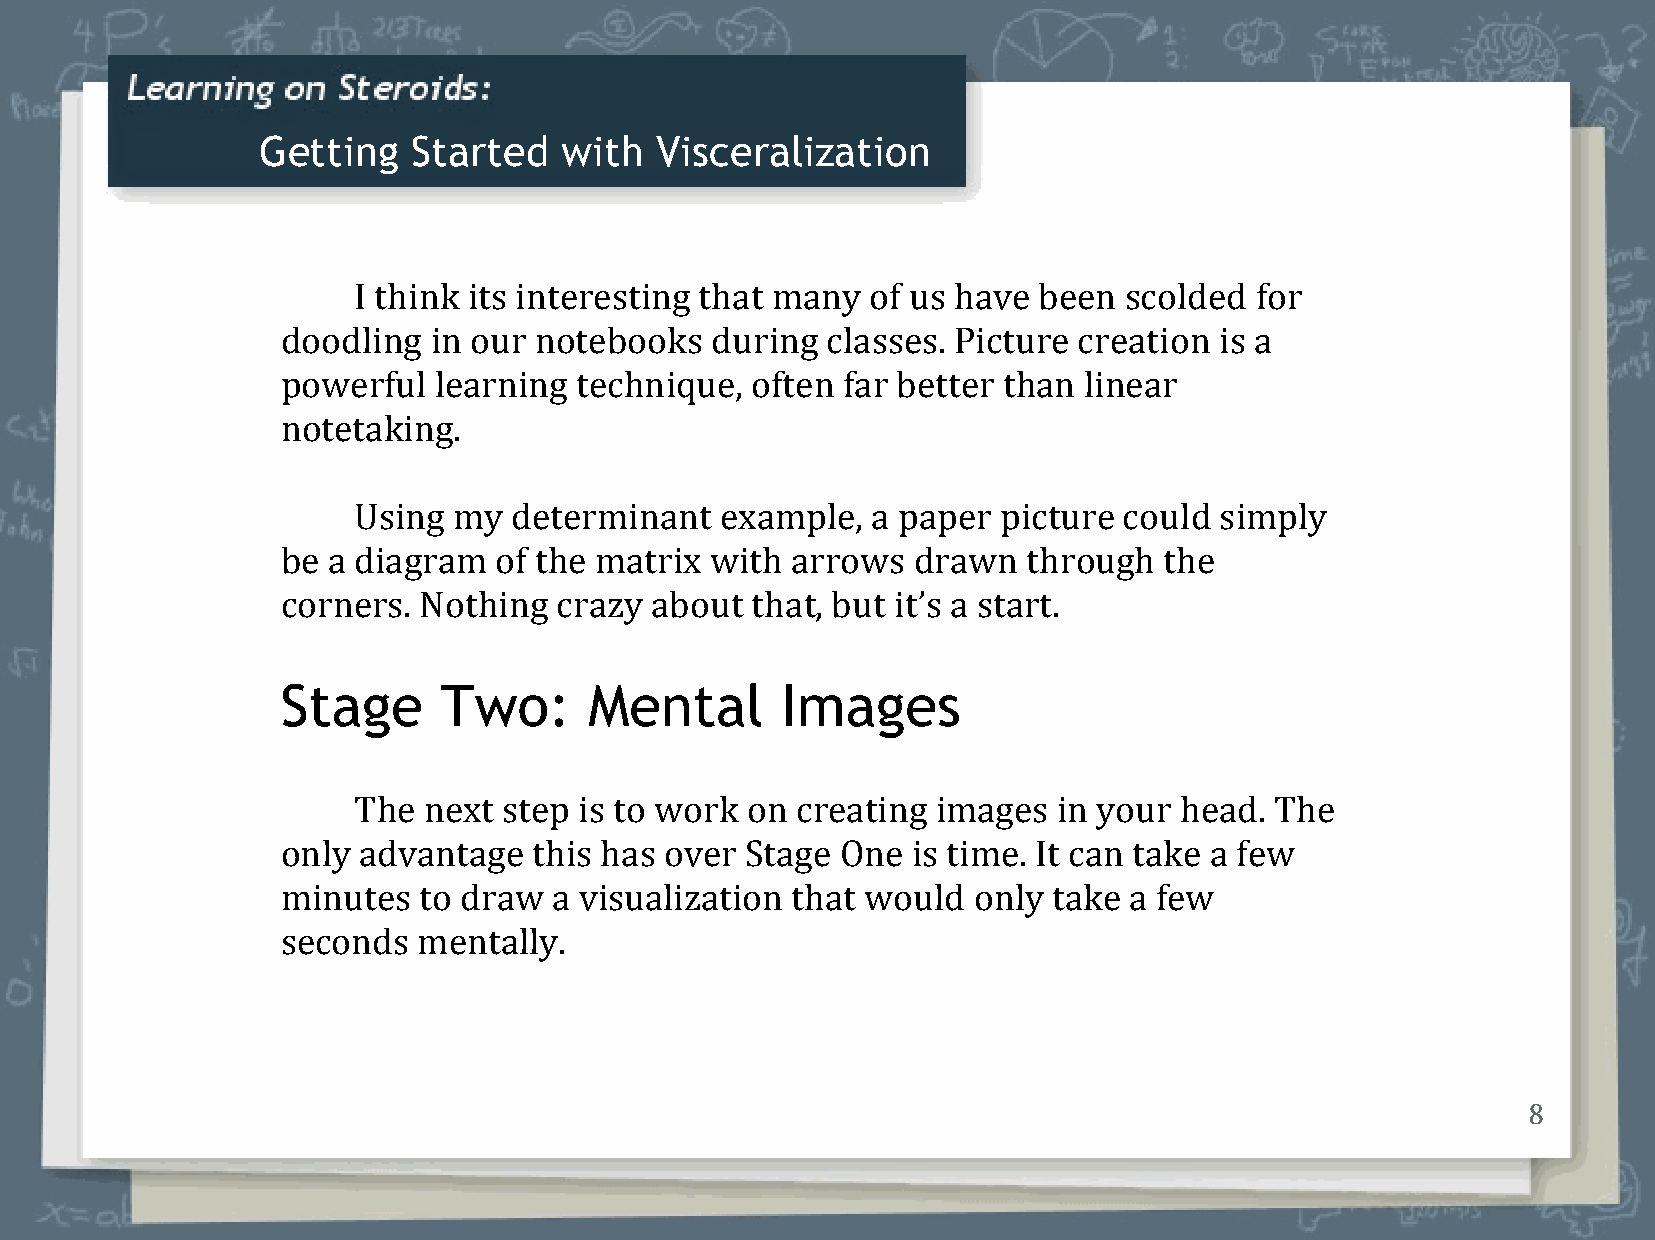
Getting   Started   with  Visceralization
 I think its interesting that many  of us have been scolded  for
 doodling in our notebooks   during  classes. Picture creation is a
 powerful  learning technique,  often far better than linear
 notetaking.
 Using  my  determinant   example,  a paper picture could  simply
 be a diagram  of the matrix with arrows  drawn   through  the
 corners. Nothing  crazy about  that, but it’s a start.
 Stage     Two:      Mental       Images
 The  next step is to work on  creating images  in your head. The
 only advantage  this has over Stage  One is time. It can take a few
 minutes  to draw  a visualization that would only  take a few
 seconds  mentally.
 8